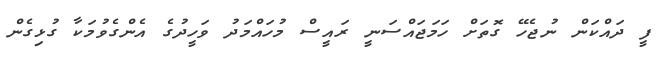
ފީ ދައްކަން ނުޖެހޭ ގޮތަށް ހަމަޖައްސަނީ ރައީސް މުހައްމަދު ވަހީދުގެ އެންގެވުމަކާ ގުޅިގެން